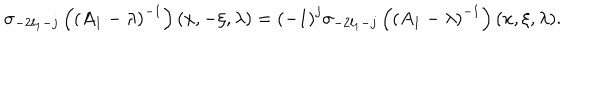
LaTeX: \sigma _ { - 2 l _ { 1 } - j } \left( \left( A _ { 1 } - \lambda \right) ^ { - 1 } \right) ( x , - \xi , \lambda ) = \left( - 1 \right) ^ { j } \sigma _ { - 2 l _ { 1 } - j } \left( \left( A _ { 1 } - \lambda \right) ^ { - 1 } \right) ( x , \xi , \lambda ) .